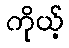
ကိုယ့်